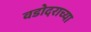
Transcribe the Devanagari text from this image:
वडोदराच्या